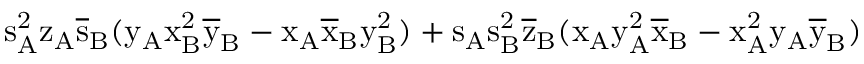
\mathrm { s _ { A } ^ { 2 } \mathrm { z _ { A } \mathrm { \overline { { s } } _ { B } ( \mathrm { y _ { A } \mathrm { x _ { B } ^ { 2 } \mathrm { \overline { { y } } _ { B } - \mathrm { x _ { A } \mathrm { \overline { { x } } _ { B } \mathrm { y _ { B } ^ { 2 } ) + \mathrm { s _ { A } \mathrm { s _ { B } ^ { 2 } \mathrm { \overline { { z } } _ { B } ( \mathrm { x _ { A } \mathrm { y _ { A } ^ { 2 } \mathrm { \overline { { x } } _ { B } - \mathrm { x _ { A } ^ { 2 } \mathrm { y _ { A } \mathrm { \overline { { y } } _ { B } ) } } } } } } } } } } } } } } } } } }